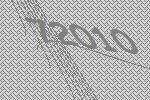
72010